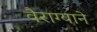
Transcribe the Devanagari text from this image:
वैराग्याने